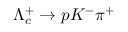
\Lambda _ { c } ^ { + } \to p K ^ { - } \pi ^ { + }